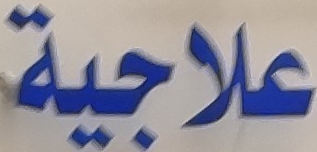
علاجية